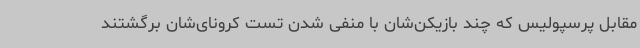
مقابل پرسپولیس که چند بازیکن‌شان با منفی شدن تست کرونای‌شان برگشتند